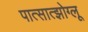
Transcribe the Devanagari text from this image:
पात्सात्झोग्लू